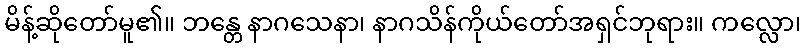
မိန့်ဆိုတော်မူ၏။ ဘန္တေ နာဂသေနာ၊ နာဂသိန်ကိုယ်တော်အရှင်ဘုရား။ ကလ္လော၊